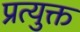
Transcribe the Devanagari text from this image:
प्रत्युक्त